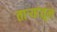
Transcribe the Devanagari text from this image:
ताऱ्यांतून